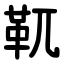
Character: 靰